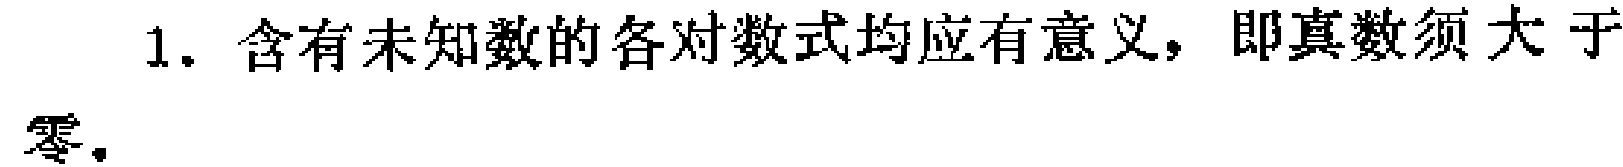
1. 含有未知数的各对数式均应有意义，即真数须大于零.